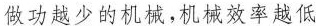
做功越少的机械，机械效率越低